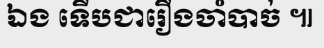
ឯង ទើបជារឿងចាំបាច់ ៕